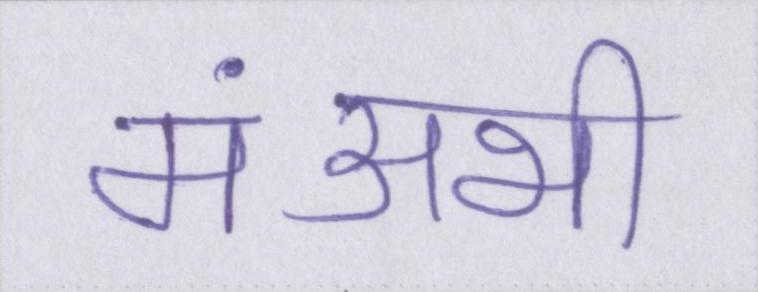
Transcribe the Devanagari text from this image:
मंअभी